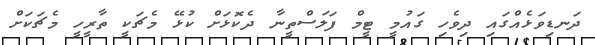
ދަނޑިވަޅެއްގައި ދިވެހި ގައުމީ ޓީމް ފަލަސްތީނާ ދެކޮޅަށް ކުޅޭ މެޗަކީ ތާރީހީ މެޗަކަށް